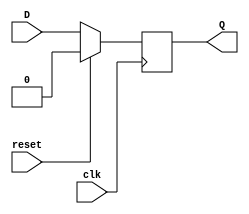
module dff_with_reset (
    input wire D, // Data input
    input wire clk, // Clock signal
    input wire reset, // Reset signal
    output reg Q // Output of the D flip-flop
);

always @(posedge clk) begin
    if (reset) begin
        Q <= 1'b0; // Reset the flip-flop to 0
    end else begin
        Q <= D; // Store the input data in the flip-flop
    end
end

endmodule